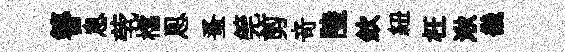
簪息茕櫺㤙蚤筦剪竒陸欽紐枉湫畿